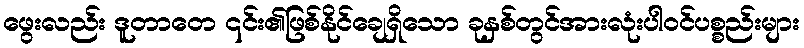
ဖွေးလည်း ဒူတာတေ ၎င်း၏ဖြစ်နိုင်ချေရှိသော ခုနှစ်တွင်အားလုံးပါဝင်ပစ္စည်းများ